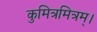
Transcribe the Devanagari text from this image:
कुमित्रमित्रम्।